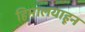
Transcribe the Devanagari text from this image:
हिमालयाहून